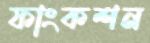
ফাংকশন